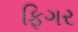
ફિગર